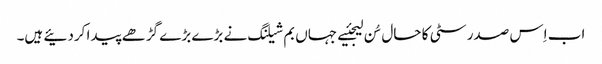
اب اِس صدر سٹی کا حال سُن لیجئیے جہاں بم شیلنگ نے بڑے بڑے گڑھے پیدا کردئیے ہیں۔